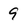
Character: 9